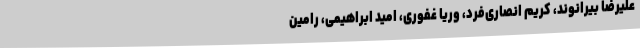
علیرضا بیرانوند، کریم انصاری‌فرد، وریا غفوری، امید ابراهیمی، رامین